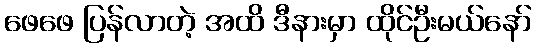
ဖေဖေ ပြန်လာတဲ့ အထိ ဒီနားမှာ ထိုင်ဦးမယ်နော်